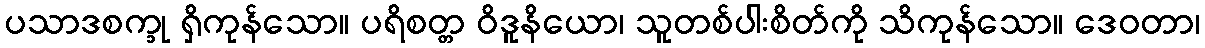
ပသာဒစက္ခု ရှိကုန်သော။ ပရိစတ္တ ဝိဒူနိယော၊ သူတစ်ပါးစိတ်ကို သိကုန်သော။ ဒေဝတာ၊